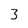
Character: 3